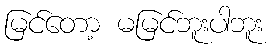
မြင်တော့ မမြင်ဘူးပါဘူး